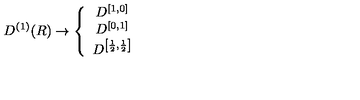
D ^ { \left( 1 \right) } ( R ) \rightarrow \left\{ \begin{array} { c } { D ^ { \left[ 1 , 0 \right] } } \\ { D ^ { \left[ 0 , 1 \right] } } \\ { D ^ { \left[ \frac { 1 } { 2 } , \frac { 1 } { 2 } \right] } } \\ \end{array} \right.